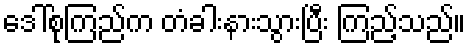
ဒေါ်စုကြည်က တံခါးနားသွားပြီး ကြည့်သည်။